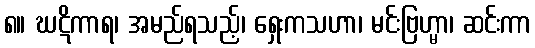
၈။ ဃဋိကာရ၊ အမည်ရသည့်၊ ရှေးကသဟာ၊ မင်းဗြဟ္မာ၊ ဆင်းကာ